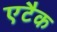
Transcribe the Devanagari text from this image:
एटैक